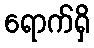
ရောက်ရှိ